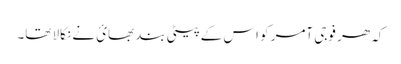
کہ ھر فوجی آمر کو اس کے پیٹی بند بھائ نے نکالا تھا۔